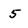
Character: 5